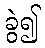
ခွဲ၍